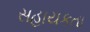
સહાયકતા